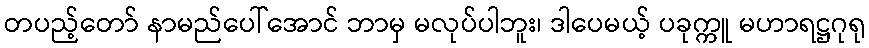
တပည့်တော် နာမည်ပေါ်အောင် ဘာမှ မလုပ်ပါဘူး၊ ဒါပေမယ့် ပခုက္ကူ မဟာရဋ္ဌဂုရု